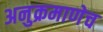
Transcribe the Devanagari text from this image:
अनुक्रमाणेच